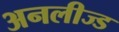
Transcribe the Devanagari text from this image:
अनलीज्ड